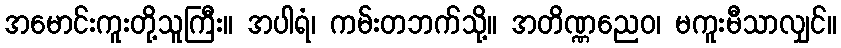
အမောင်းကူးတို့သူကြီး။ အပါရံ၊ ကမ်းတဘက်သို့။ အတိဏ္ဏညေဝ၊ မကူးမီသာလျှင်။